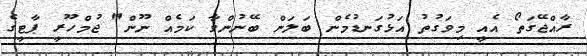
ރާއްޖޭގަތޯ އެއީ މިވަގުތު އަޅުގަނޑުމެން ބަލަން ބޭނުންވާ ކަމެއް ނޫން" ޖުމްހޫރީ ޕާޓީގެ